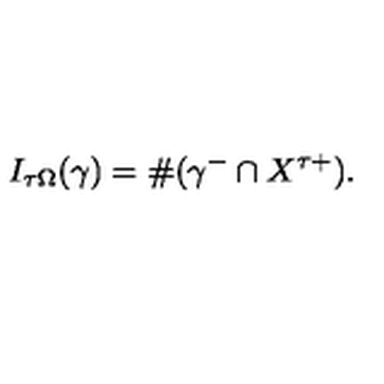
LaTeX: I _ { \tau \Omega } ( \gamma ) = \# ( \gamma ^ { - } \cap X ^ { \tau + } ) .